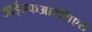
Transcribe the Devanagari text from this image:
आईएफआरसिएस